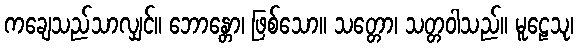
ကချေသည်သာလျှင်။ ဘောန္တော၊ ဖြစ်သော။ သတ္တော၊ သတ္တဝါသည်။ မူဠေသု၊